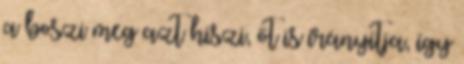
a boszi meg azt hiszi, őt is irányítja, így